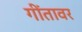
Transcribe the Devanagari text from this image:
गींतावर